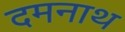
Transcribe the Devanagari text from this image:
दमनाथ